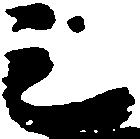
石